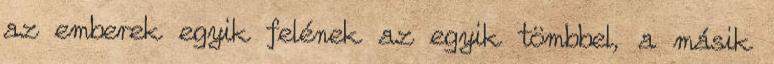
az emberek egyik felének az egyik tömbbel, a másik